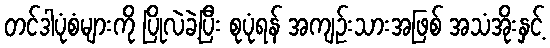
တင်ဒါပုံစံများကို ပြိုလဲခဲ့ပြီး စုပုံရန် အကျဉ်းသားအဖြစ် အသံအိုးနှင့်